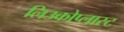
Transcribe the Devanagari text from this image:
लिउकोप्लास्ट